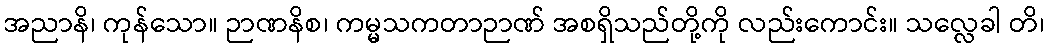
အညာနိ၊ ကုန်သော။ ဉာဏနိစ၊ ကမ္မသကတာဉာဏ် အစရှိသည်တို့ကို လည်းကောင်း။ သလ္လေခါ တိ၊